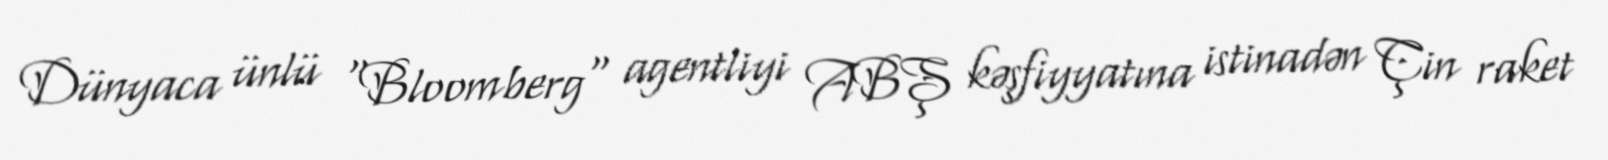
Dünyaca ünlü "Bloomberg" agentliyi ABŞ kəşfiyyatına istinadən Çin raket